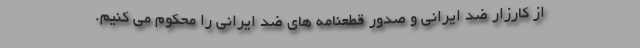
از کارزار ضد ایرانی و صدور قطعنامه های ضد ایرانی را محکوم می کنیم.